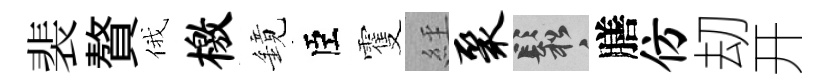
裴贅俄檄鏡臣䨥𦀇聚鬆膳仿刧开